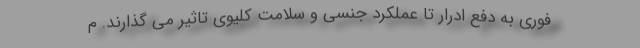
فوری به دفع ادرار تا عملکرد جنسی و سلامت کلیوی تاثیر می گذارند. م